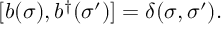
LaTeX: [ b ( \sigma ) , b ^ { \dag } ( \sigma ^ { \prime } ) ] = \delta ( \sigma , \sigma ^ { \prime } ) .